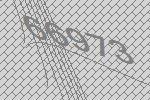
66973